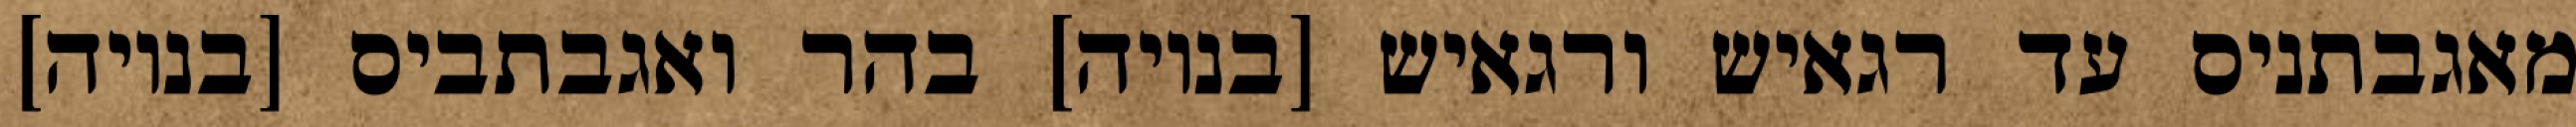
מאגבתניס עד רגאיש ורגאיש [בנויה] בהר ואגבתביס [בנויה]